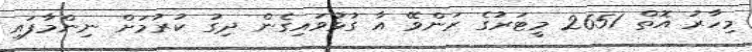
މިހާރު އޮތް 2651 މީޓަރުގެ ރަންވޭ އާ ގުޅުވައިގެން ދިގު ކުރުމަށް ނިންމާފައި